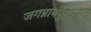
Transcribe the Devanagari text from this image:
जगन्नाथपुरीकडे